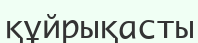
құйрықасты